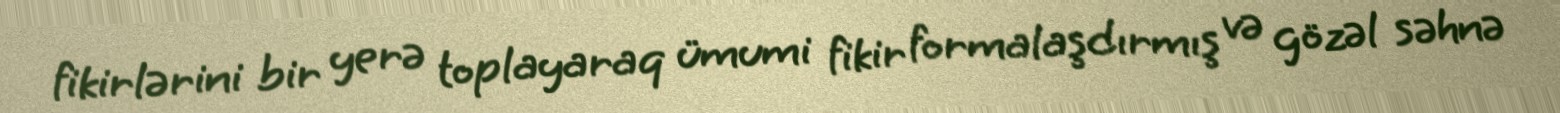
fikirlərini bir yerə toplayaraq ümumi fikir formalaşdırmış və gözəl səhnə